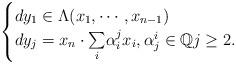
LaTeX: \begin{align*} \begin{cases} dy_1 \in \Lambda (x_1, \cdots , x_{n-1})\\d y_j = x_n \cdot \underset{i}{\sum } \alpha^j _i x_i, \alpha ^i _j \in \mathbb{Q} j \geq 2.\end{cases}\end{align*}